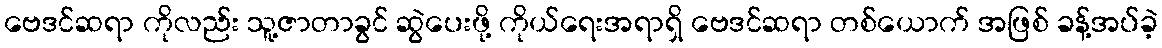
ဗေဒင်ဆရာ ကိုလည်း သူ့ဇာတာခွင် ဆွဲပေးဖို့ ကိုယ်ရေးအရာရှိ ဗေဒင်ဆရာ တစ်ယောက် အဖြစ် ခန့်အပ်ခဲ့